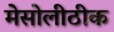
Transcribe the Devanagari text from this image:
मेसोलीठीक